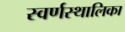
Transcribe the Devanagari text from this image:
स्वर्णस्थालिका